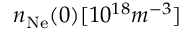
n _ { \mathrm { N e } } ( 0 ) [ 1 0 ^ { 1 8 } m ^ { - 3 } ]